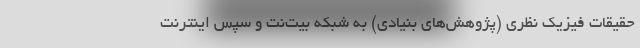
حقیقات فیزیک نظری (پژوهش‌های بنیادی) به شبکه بیت‌نت و سپس اینترنت